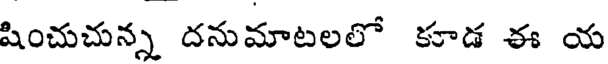
షించుచున్న దనుమాటలలో కూడ ఈ య